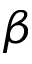
\beta